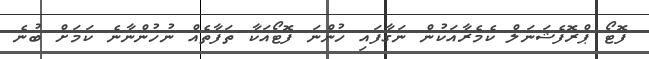
ފޮޓޯ ޕްރޮފެޝަނަލް ކެމެރާއަކުން ނަގާފައި ހުންނަ ފޮޓޯއަކާ ތަފާތެއް ނުހުންނާނެ ކަމަށް ބުނެ